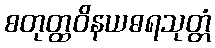
စတုတ္ထဝိနယဓရသုတ္တံ